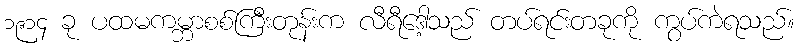
၁၉၁၄ ခု ပထမကမ္ဘာစစ်ကြီးတုန်းက လီရီဒေါ့သည် တပ်ရင်းတခုကို ကွပ်ကဲရသည်။